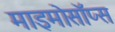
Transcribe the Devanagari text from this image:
माइमोसॉप्स